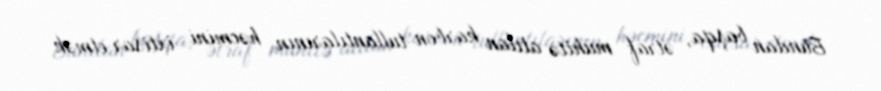
Bundan başqa, ətraf mühitə atılan karbon tullantılarının həcmini ixtisar etmək